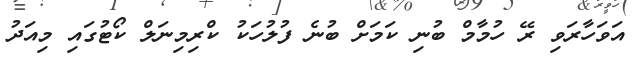
އަވަހާރަވި ރޭ ހުމާމް ބުނި ކަމަށް ބުނެ ފުލުހަކު ކްރިމިނަލް ކޯޓުގައި މިއަދު